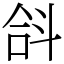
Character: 𣁴